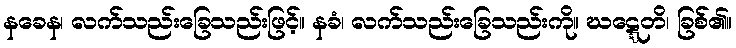
နခေန၊ လက်သည်းခြေသည်းဖြင့်။ နခံ၊ လက်သည်းခြေသည်းကို။ ဃဋ္ဋေတိ၊ ခြစ်၏။